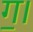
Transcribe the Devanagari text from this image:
ग॒।